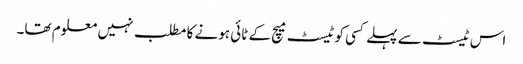
اس ٹیسٹ سے پہلے کسی کو ٹیسٹ میچ کے ٹائی ہونے کا مطلب نہیں معلوم تھا۔